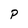
Character: p